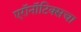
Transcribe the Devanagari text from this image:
एरॉनॉटिक्सचा